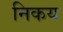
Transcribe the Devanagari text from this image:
निकय